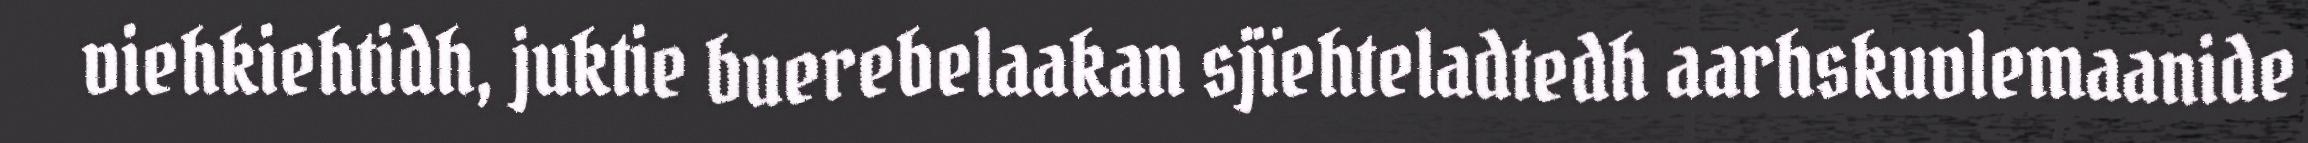
viehkiehtidh, juktie buerebelaakan sjïehteladtedh aarhskuvlemaanide